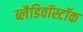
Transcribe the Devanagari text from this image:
ब्लैडिवॉस्टॉक